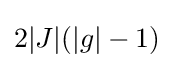
2|J|(|g|-1)